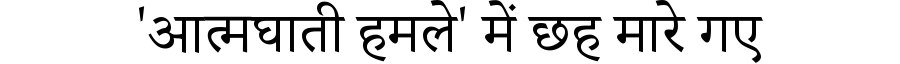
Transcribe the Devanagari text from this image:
'आत्मघाती हमले' में छह मारे गए